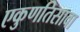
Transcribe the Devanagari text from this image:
एकुणतिसावा